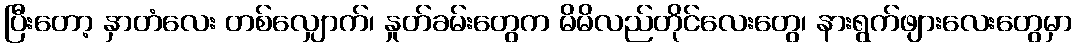
ပြီးတော့ နှာတံလေး တစ်လျှောက်၊ နှုတ်ခမ်းတွေက မိမိလည်တိုင်လေးတွေ၊ နားရွက်ဖျားလေးတွေမှာ